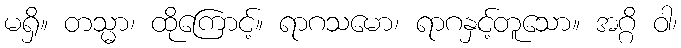
မရှိ။ တသ္မာ၊ ထိုကြောင့်။ ရာဂသမော၊ ရာဂနှင့်တူသော။ အဂ္ဂိ ဝါ၊